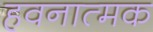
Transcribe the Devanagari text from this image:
हवनात्मक